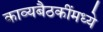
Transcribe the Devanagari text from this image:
काव्यबैठकींमध्ये